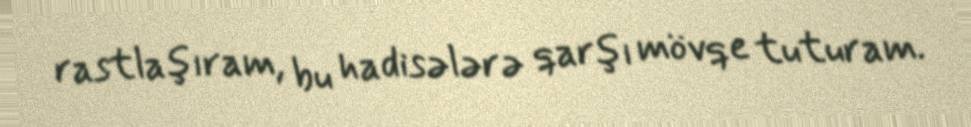
rastlaşıram, bu hadisələrə qarşı mövqe tuturam.